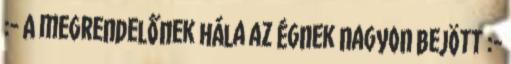
:- A megrendelőnek hála az égnek nagyon bejött :-